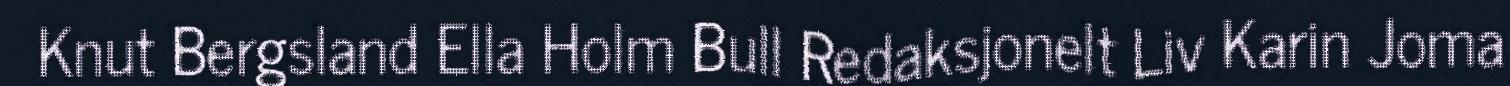
Knut Bergsland Ella Holm Bull Redaksjonelt Liv Karin Joma